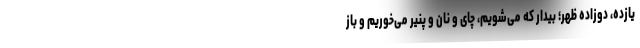
یازده، دوزاده ظهر؛ بیدار که می‌شویم، چای و نان و پنیر می‌خوریم و باز